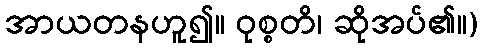
အာယတနဟူ၍။ ဝုစ္စတိ၊ ဆိုအပ်၏။)